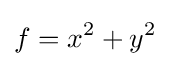
f=x^{2}+y^{2}